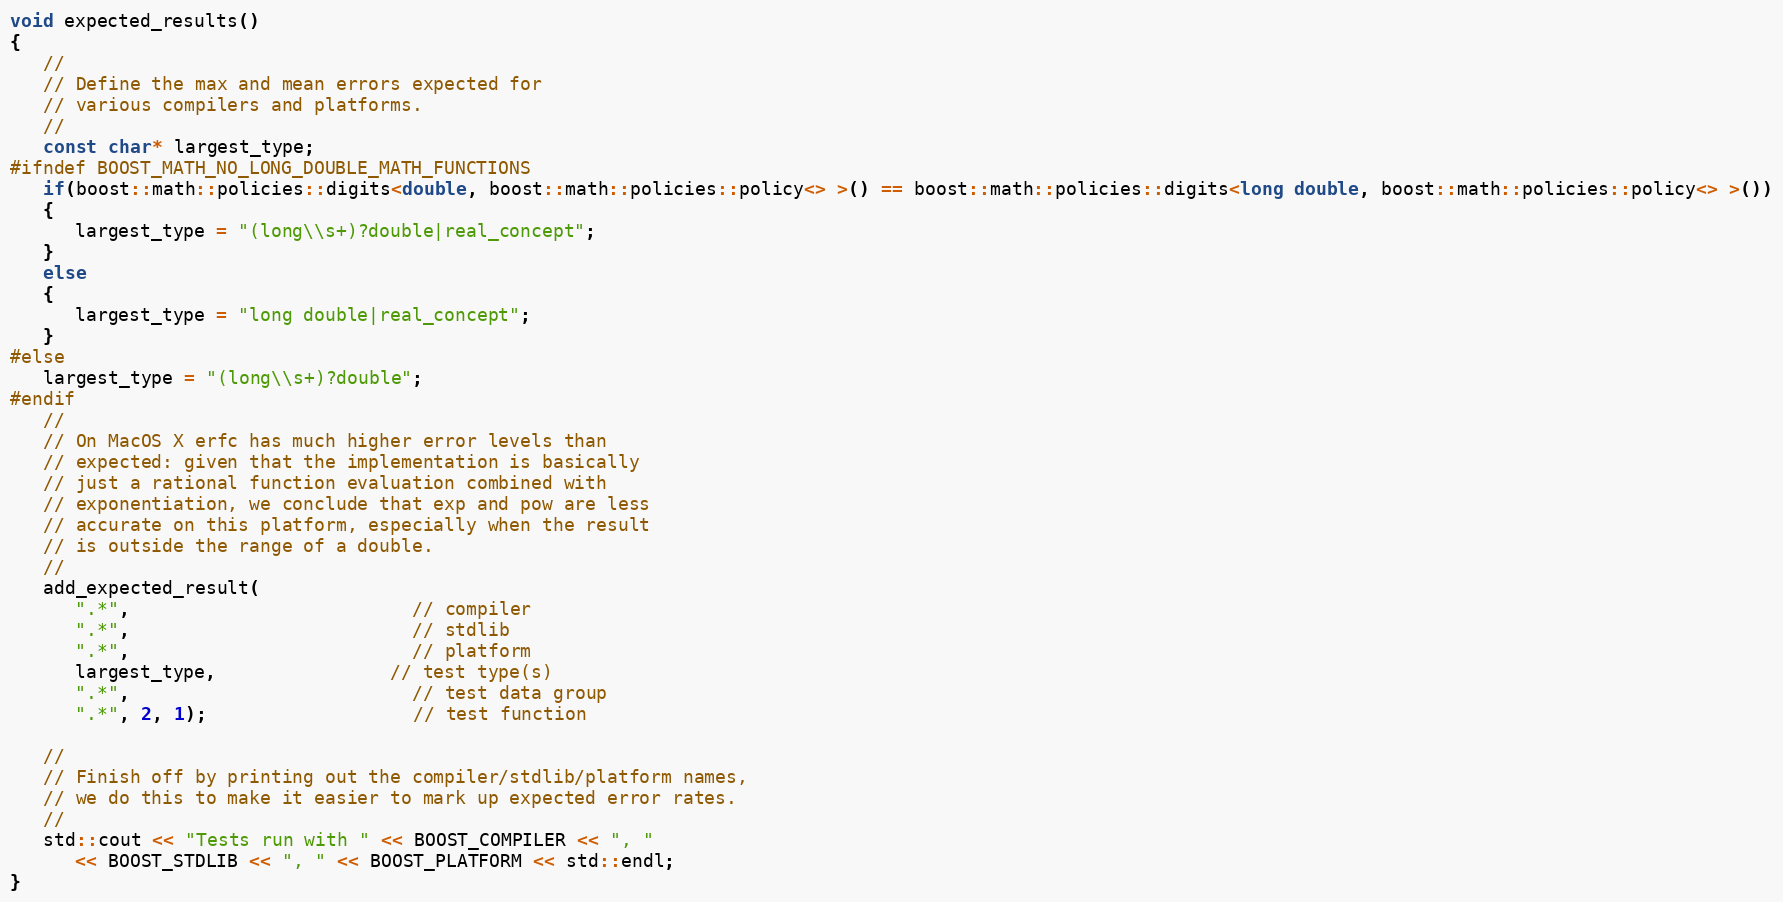
Language: C++
void expected_results()
{
   //
   // Define the max and mean errors expected for
   // various compilers and platforms.
   //
   const char* largest_type;
#ifndef BOOST_MATH_NO_LONG_DOUBLE_MATH_FUNCTIONS
   if(boost::math::policies::digits<double, boost::math::policies::policy<> >() == boost::math::policies::digits<long double, boost::math::policies::policy<> >())
   {
      largest_type = "(long\\s+)?double|real_concept";
   }
   else
   {
      largest_type = "long double|real_concept";
   }
#else
   largest_type = "(long\\s+)?double";
#endif
   //
   // On MacOS X erfc has much higher error levels than
   // expected: given that the implementation is basically
   // just a rational function evaluation combined with
   // exponentiation, we conclude that exp and pow are less
   // accurate on this platform, especially when the result
   // is outside the range of a double.
   //
   add_expected_result(
      ".*",                          // compiler
      ".*",                          // stdlib
      ".*",                          // platform
      largest_type,                // test type(s)
      ".*",                          // test data group
      ".*", 2, 1);                   // test function

   //
   // Finish off by printing out the compiler/stdlib/platform names,
   // we do this to make it easier to mark up expected error rates.
   //
   std::cout << "Tests run with " << BOOST_COMPILER << ", "
      << BOOST_STDLIB << ", " << BOOST_PLATFORM << std::endl;
}